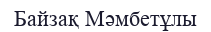
Байзақ Мәмбетұлы